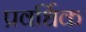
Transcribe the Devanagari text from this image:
प्रवर्धिक